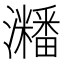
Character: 𤄜